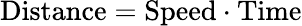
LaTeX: \mathrm{Distance}=\mathrm{Speed}\cdot\mathrm{Time}